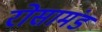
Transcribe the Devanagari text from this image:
रोसामंड